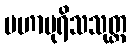
မဟာပုရိသသုတ္တ